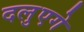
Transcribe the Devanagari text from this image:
दलुएगे